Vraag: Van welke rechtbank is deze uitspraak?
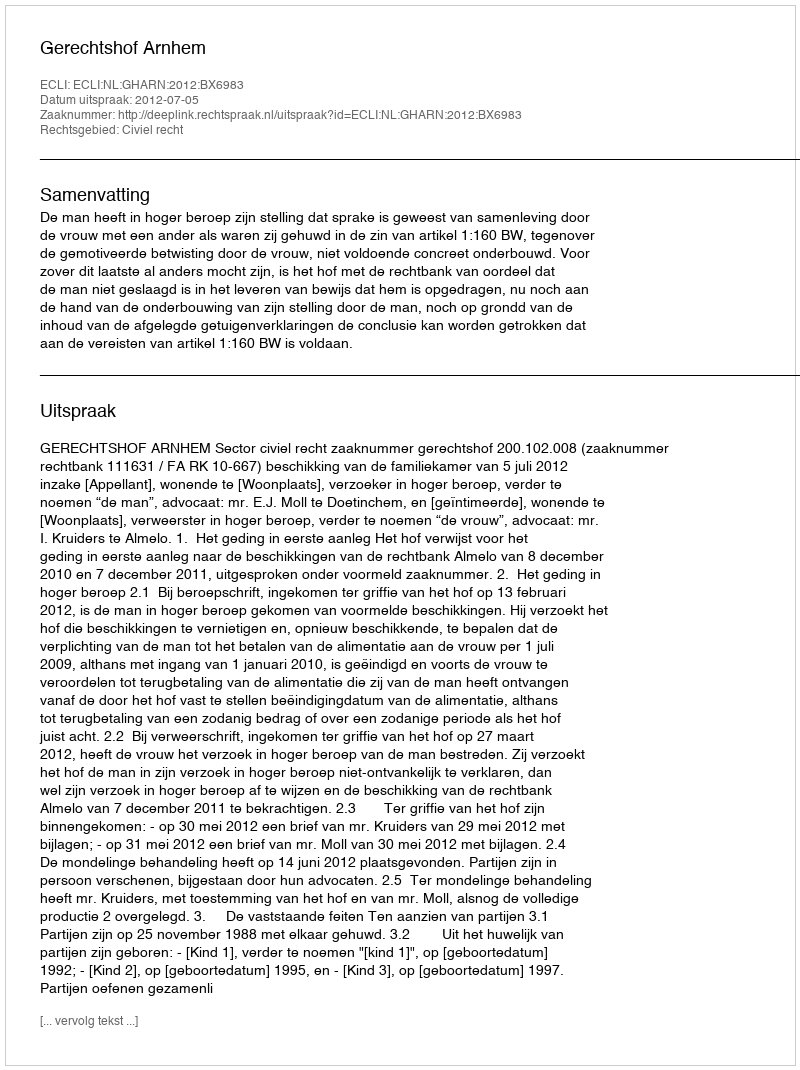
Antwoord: Gerechtshof Arnhem